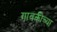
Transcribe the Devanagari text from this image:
गावकीच्या